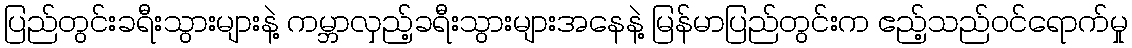
ပြည်တွင်းခရီးသွားများနဲ့ ကမ္ဘာလှည့်ခရီးသွားများအနေနဲ့ မြန်မာပြည်တွင်းက ဧည့်သည်ဝင်ရောက်မှု